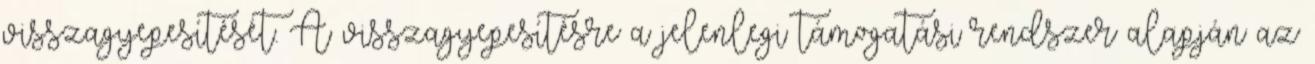
visszagyepesítését. A visszagyepesítésre a jelenlegi támogatási rendszer alapján az